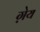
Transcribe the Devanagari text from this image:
ग़ेय